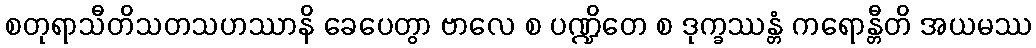
စတုရာသီတိသတသဟဿာနိ ခေပေတွာ ဗာလေ စ ပဏ္ဍိတေ စ ဒုက္ခဿန္တံ ကရောန္တီတိ အယမဿ